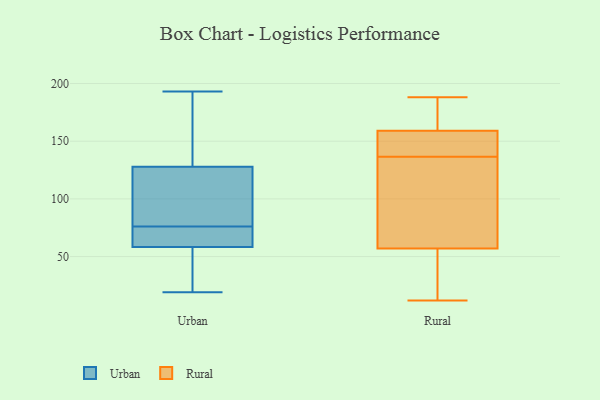
{"axis": {"x": "Backlog", "y": "Value"}, "legend": ["Rural", "Urban"], "data": [{"x": "", "y": 19, "type": "Urban"}, {"x": "", "y": 67, "type": "Urban"}, {"x": "", "y": 121, "type": "Urban"}, {"x": "", "y": 59, "type": "Urban"}, {"x": "", "y": 116, "type": "Urban"}, {"x": "", "y": 32, "type": "Urban"}, {"x": "", "y": 46, "type": "Urban"}, {"x": "", "y": 75, "type": "Urban"}, {"x": "", "y": 75, "type": "Urban"}, {"x": "", "y": 130, "type": "Urban"}, {"x": "", "y": 158, "type": "Urban"}, {"x": "", "y": 182, "type": "Urban"}, {"x": "", "y": 58, "type": "Urban"}, {"x": "", "y": 76, "type": "Urban"}, {"x": "", "y": 35, "type": "Urban"}, {"x": "", "y": 76, "type": "Urban"}, {"x": "", "y": 193, "type": "Urban"}, {"x": "", "y": 174, "type": "Urban"}, {"x": "", "y": 118, "type": "Urban"}, {"x": "", "y": 51, "type": "Rural"}, {"x": "", "y": 138, "type": "Rural"}, {"x": "", "y": 188, "type": "Rural"}, {"x": "", "y": 148, "type": "Rural"}, {"x": "", "y": 161, "type": "Rural"}, {"x": "", "y": 128, "type": "Rural"}, {"x": "", "y": 176, "type": "Rural"}, {"x": "", "y": 135, "type": "Rural"}, {"x": "", "y": 57, "type": "Rural"}, {"x": "", "y": 12, "type": "Rural"}, {"x": "", "y": 93, "type": "Rural"}, {"x": "", "y": 139, "type": "Rural"}, {"x": "", "y": 157, "type": "Rural"}, {"x": "", "y": 41, "type": "Rural"}, {"x": "", "y": 168, "type": "Rural"}, {"x": "", "y": 57, "type": "Rural"}]}